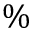
\%